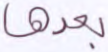
بعدها